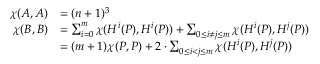
\begin{array} { r l } { \chi ( A , A ) } & { = ( n + 1 ) ^ { 3 } } \\ { \chi ( B , B ) } & { = \sum _ { i = 0 } ^ { m } \chi ( H ^ { i } ( P ) , H ^ { i } ( P ) ) + \sum _ { 0 \leq i \neq j \leq m } \chi ( H ^ { i } ( P ) , H ^ { j } ( P ) ) } \\ & { = ( m + 1 ) \chi ( P , P ) + 2 \cdot \sum _ { 0 \leq i < j \leq m } \chi ( H ^ { i } ( P ) , H ^ { j } ( P ) ) } \end{array}